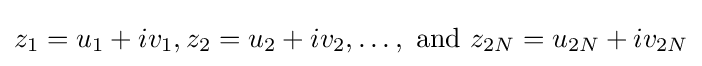
z_{1}=u_{1}+iv_{1},z_{2}=u_{2}+iv_{2},\ldots ,{\text{ and }}z_{2N}=u_{2N}+iv_{2N}